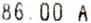
86.00 A